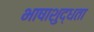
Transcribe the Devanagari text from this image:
भाषाशुद्धता